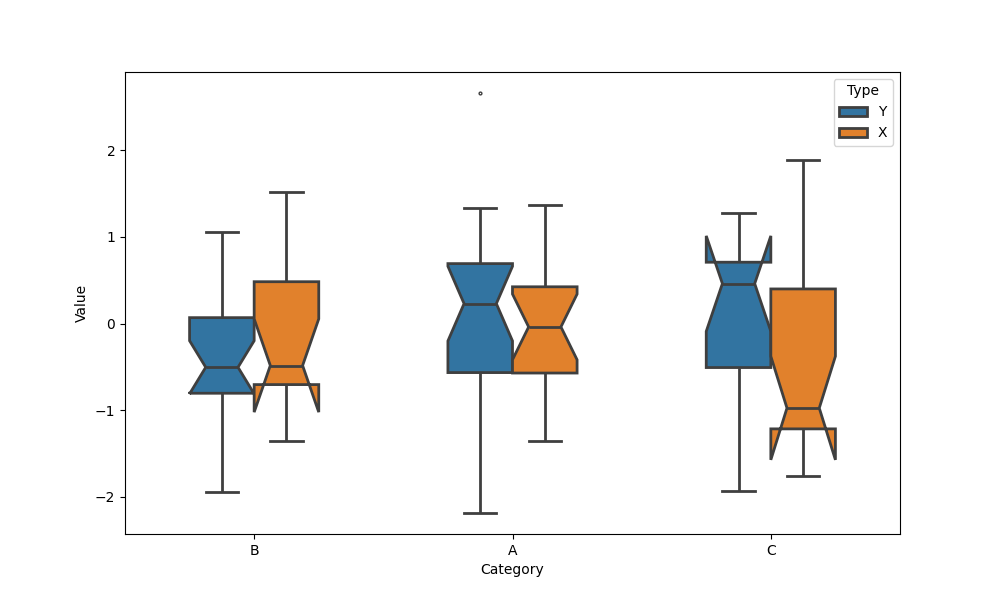
python, seaborn, boxplot, width=0.5, linewidth=2, fliersize=2, notch=True